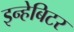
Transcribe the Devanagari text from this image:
इन्हेबिटर